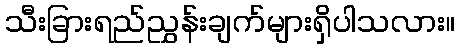
သီးခြားရည်ညွှန်းချက်များရှိပါသလား။